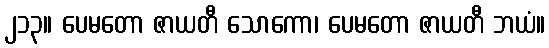
၂၁၃။ ပေမတော ဇာယတီ သောကော၊ ပေမတော ဇာယတီ ဘယံ။